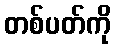
တစ်ပတ်ကို